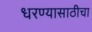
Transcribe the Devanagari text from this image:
धरण्यासाठीचा